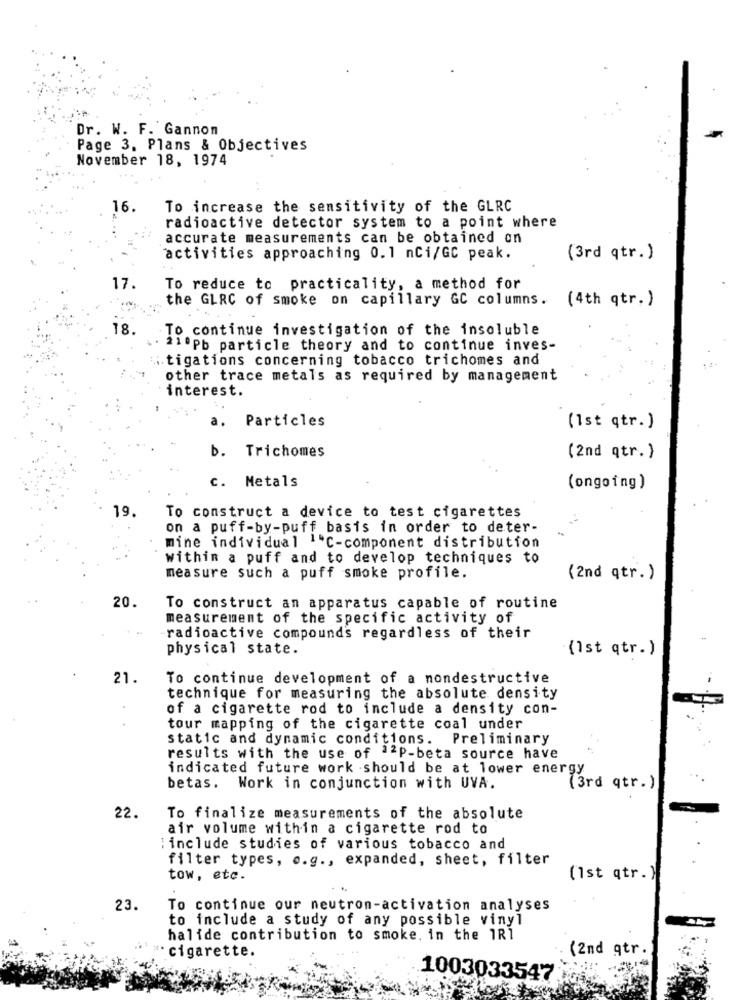
Dr. W. F. Gannon
Page 3. Plans & Objectives
November 18, 1974
16.
To increase the sensitivity of the GLRC
radioactive detector system to a point where
accurate measurements can be obtained on
activities approaching 0.1 nCi/GC peak.
(3rd qtr.)
17.
To reduce to practicality, a method for
the GLRC of smoke on capillary GC columns.
(4th qtr. )
18.
To continue investigation of the insoluble
21 .Pb particle theory and to continue inves-
... tigations concerning tobacco trichomes and
other trace metals as required by management
interest.
Particles
a.
(1st qtr. )
b. Trichomes
(2nd qtr. )
c. Metals
(ongoing)
19.
To construct a device to test cigarettes
on a puff-by-puff basis in order to deter-
mine individual ."C-component distribution
within a puff and to develop techniques to
measure such a puff smoke profile.
(2nd qtr. )
20.
To construct an apparatus capable of routine
measurement of the specific activity of
radioactive compounds regardless of their
physical state.
(Ist qtr. )
21.
To continue development of a nondestructive
technique for measuring the absolute density
of a cigarette rod to include a density con-
tour mapping of the cigarette coal under
static and dynamic conditions. Preliminary
results with the use of ª2P-beta source have
indicated future work should be at lower energy
betas. Work in conjunction with UVA.
(3rd qtr.)
22.
To finalize measurements of the absolute
air volume within a cigarette rod to
:include studies of various tobacco and
filter types, e.g ., expanded, sheet, filter
tow, etc.
(1st qtr. )
23.
To continue our neutron-activation analyses
to include a study of any possible vinyl
halide contribution to smoke. in the 1R1
cigarette.
(2nd qtr.
1003033547: